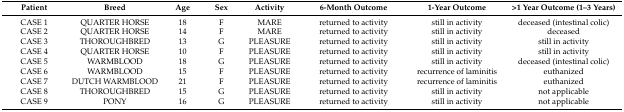
<table><thead><tr><td><b>Patient</b></td><td><b>Breed</b></td><td><b>Age</b></td><td><b>Sex</b></td><td><b>Activity</b></td><td><b>6-Month Outcome</b></td><td><b>1-Year Outcome</b></td><td><b>&gt;1 Year Outcome (1–3 Years)</b></td></tr></thead><tbody><tr><td>CASE 1</td><td>QUARTER HORSE</td><td>18</td><td>F</td><td>MARE</td><td>returned to activity</td><td>still in activity</td><td>deceased (intestinal colic)</td></tr><tr><td>CASE 2</td><td>QUARTER HORSE</td><td>14</td><td>F</td><td>MARE</td><td>returned to activity</td><td>still in activity</td><td>deceased</td></tr><tr><td>CASE 3</td><td>THOROUGHBRED</td><td>13</td><td>G</td><td>PLEASURE</td><td>returned to activity</td><td>still in activity</td><td>still in activity</td></tr><tr><td>CASE 4</td><td>QUARTER HORSE</td><td>10</td><td>F</td><td>PLEASURE</td><td>returned to activity</td><td>still in activity</td><td>still in activity</td></tr><tr><td>CASE 5</td><td>WARMBLOOD</td><td>18</td><td>G</td><td>PLEASURE</td><td>returned to activity</td><td>still in activity</td><td>deceased (intestinal colic)</td></tr><tr><td>CASE 6</td><td>WARMBLOOD</td><td>15</td><td>F</td><td>PLEASURE</td><td>returned to activity</td><td>recurrence of laminitis</td><td>euthanized</td></tr><tr><td>CASE 7</td><td>DUTCH WARMBLOOD</td><td>21</td><td>F</td><td>PLEASURE</td><td>returned to activity</td><td>recurrence of laminitis</td><td>euthanized</td></tr><tr><td>CASE 8</td><td>THOROUGHBRED</td><td>15</td><td>G</td><td>PLEASURE</td><td>returned to activity</td><td>still in activity</td><td>not applicable</td></tr><tr><td>CASE 9</td><td>PONY</td><td>16</td><td>G</td><td>PLEASURE</td><td>returned to activity</td><td>still in activity</td><td>not applicable</td></tr></tbody></table>